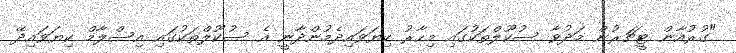
"ގުރުއާން ޓީޗަރުން މަދުވާ ސުކޫލްތަކުގައި މިހާރު ކިޔަވައިދެމުންދާނީ އެ ސުކޫލްތަކުގައި އިސްލާމް ކިޔަވައިދޭ